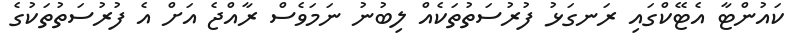
ކައުންޓާ އެޓޭކްގައި ރަނގަޅު ފުރުސަތުތަކެއް ލިބުނު ނަމަވެސް ރާއްޖެ އަށް އެ ފުރުސަތުތަކުގެ